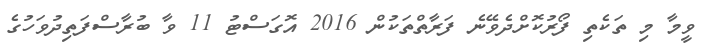
ވީމާ މި ތަކެތި ފޯރުކޮށްދެވޭނެ ފަރާތްތަކުން 2016 އޮގަސްޓު 11 ވާ ބުރާސްފަތިދުވަހުގެ